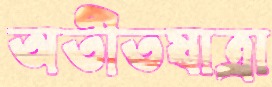
অতীতযাত্রা